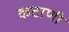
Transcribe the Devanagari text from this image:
कटाणी